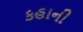
કહાની